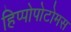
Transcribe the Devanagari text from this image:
हिप्पोपोटोमस